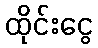
ထိုင်းငွေ